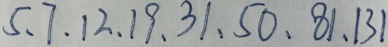
5 、 7 、 1 2 、 1 9 、 3 1 、 5 0 、 8 1 、 1 3 1